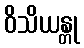
ဝိသိယန္တု